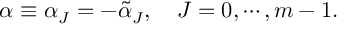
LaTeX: \alpha \equiv \alpha _ { J } = - \tilde { \alpha } _ { J } , \quad J = 0 , \cdots , m - 1 .